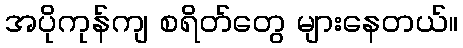
အပိုကုန်ကျ စရိတ်တွေ များနေတယ်။